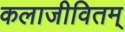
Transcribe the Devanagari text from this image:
कलाजीवितम्